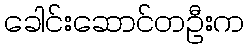
ခေါင်းဆောင်တဦးက